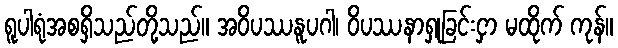
ရူပါရုံအစရှိသည်တို့သည်။ အဝိပဿနူပဂါ၊ ဝိပဿနာရှုခြင်းငှာ မထိုက် ကုန်။